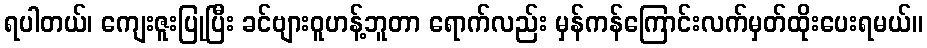
ရပါတယ်၊ ကျေးဇူးပြုပြီး ခင်ဗျားဝူဟန့်ဘူတာ ရောက်လည်း မှန်ကန်ကြောင်းလက်မှတ်ထိုးပေးရမယ်။